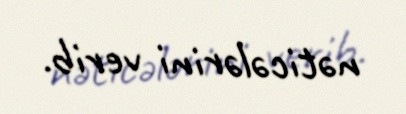
nəticələrini verib.